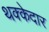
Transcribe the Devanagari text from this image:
थक्केदार